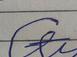
Signature authenticity: forged